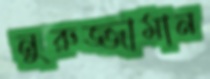
নুরুজ্জামান